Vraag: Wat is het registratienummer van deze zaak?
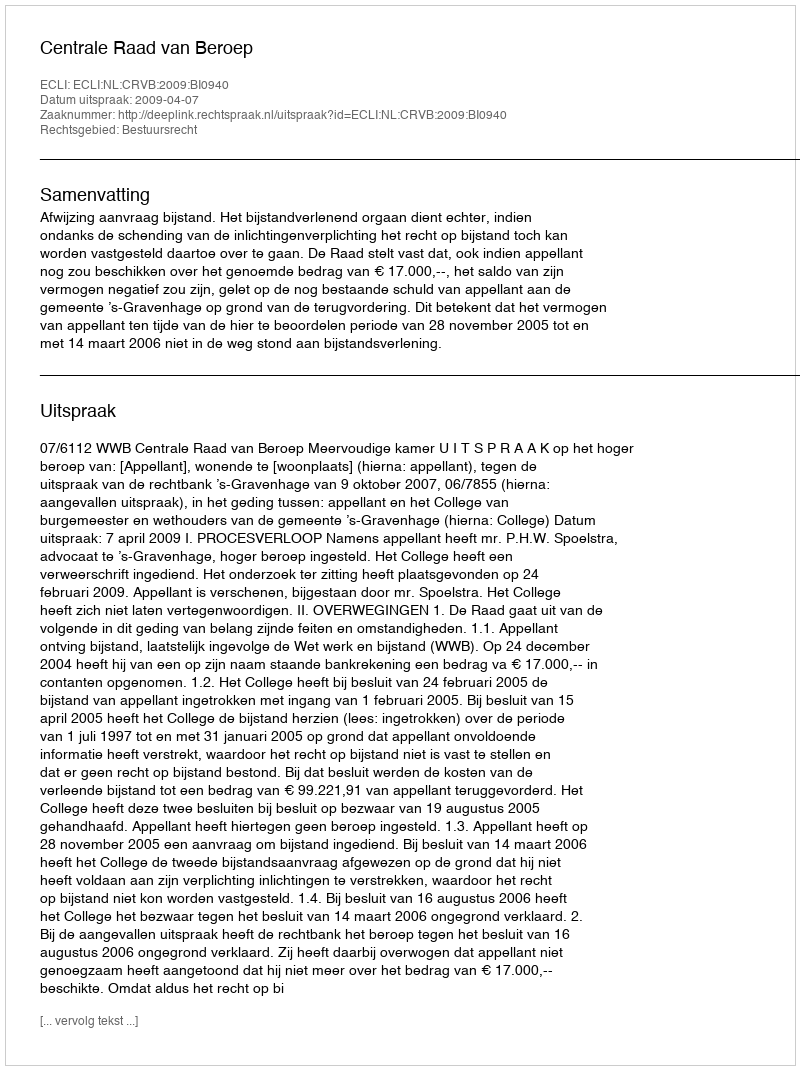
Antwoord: http://deeplink.rechtspraak.nl/uitspraak?id=ECLI:NL:CRVB:2009:BI0940